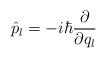
LaTeX: \begin{align*}\hat{p}_{l} = -i\hbar\frac{\partial}{\partial q_{l}}\end{align*}